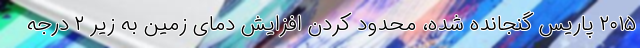
۲۰۱۵ پاریس گنجانده شده، محدود کردن افزایش دمای زمین به زیر ۲ درجه